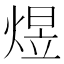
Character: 煜